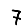
Digit: 7